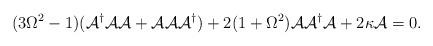
LaTeX: \begin{align*}(3\Omega^2-1)({\cal{A}}^\dag{\cal{A}}{\cal{A}}+{\cal{A}}{\cal{A}}{\cal{A}}^\dag)+2(1+\Omega^2){\cal{A}}{\cal{A}}^\dag{\cal{A}}+2\kappa{\cal{A}}=0.\end{align*}